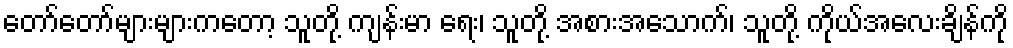
တော်တော်များများကတော့ သူတို့ ကျန်းမာ ရေး၊ သူတို့ အစားအသောက်၊ သူတို့ ကိုယ်အလေးချိန်ကို